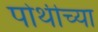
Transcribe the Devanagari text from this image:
पोथीच्या